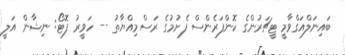
ބައިނަލްއަގްވާމީ ޓީޗަރުންގެ ކޮންފަރެންސް ފެށުމުގެ ރަސްމިއްޔާތު -- ހަވީރު ފޮޓޯ: ނިޝާން އަލީ